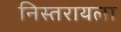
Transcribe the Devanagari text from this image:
निस्तरायला